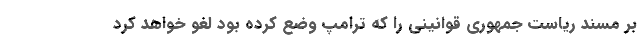
بر مسند ریاست جمهوری قوانینی را که ترامپ وضع کرده بود لغو خواهد کرد